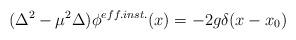
LaTeX: \begin{align*}(\Delta^2 - \mu^2\Delta)\phi^{eff.inst.}(x) = -2g\delta(x-x_0)\end{align*}